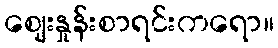
ဈေးနှုန်းစာရင်းကရော။